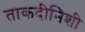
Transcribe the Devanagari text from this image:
ताकदीनिशी